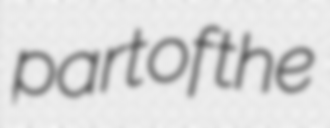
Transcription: part of the